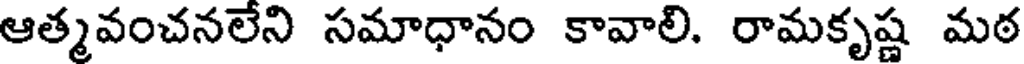
ఆత్మవంచనలేని సమాధానం కావాలి. రామకృష్ణ మఠ